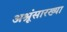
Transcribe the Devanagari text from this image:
अश्रूंसारख्या